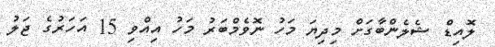
ލޮއިޑް ޝެލެންބާގަށް މިދިޔަ މަހު ނޮވެމްބަރު މަހު އިއްވި 15 އަހަރުގެ ޖަލު